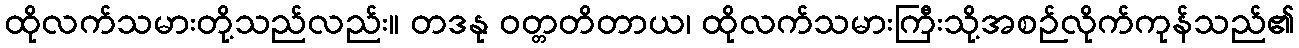
ထိုလက်သမားတို့သည်လည်း။ တဒနု ဝတ္တတိတာယ၊ ထိုလက်သမားကြီးသို့အစဉ်လိုက်ကုန်သည်၏